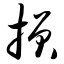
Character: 损